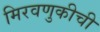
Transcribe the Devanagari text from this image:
मिरवणुकीची